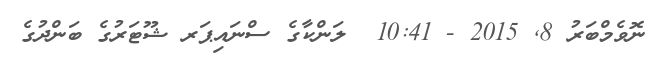
ނޮވެމްބަރު 8